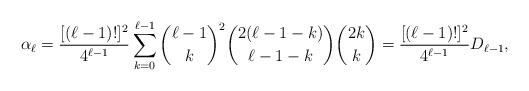
LaTeX: \begin{align*}\alpha_\ell=\frac{[(\ell-1)!]^{2}}{4^{\ell-1}}\sum^{\ell-1}_{k=0}{\ell-1\choose k}^2{2(\ell-1-k)\choose\ell-1-k}{2k\choose k}=\frac{[(\ell-1)!]^{2}}{4^{\ell-1}}D_{\ell-1},\end{align*}